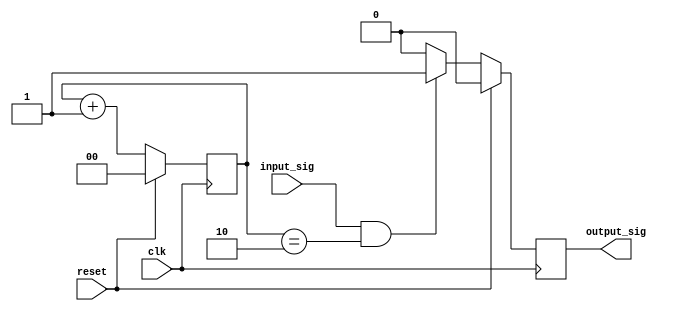
`timescale 1ns / 1ps

module TriggerEveryTwoCycles (
    input wire clk,       // 
    input wire reset,     // 
    input wire input_sig, // 
    output reg output_sig // 
);

// 
reg [1:0] count = 2'b00;

// 
always @(posedge clk) begin
    if (reset) begin
        count <= 2'b00; // 
        output_sig <= 1'b0; // 
    end else begin
        // 2
        if (input_sig && (count == 2'b10)) begin
            output_sig <= 1'b1;
        end else begin
            output_sig <= 1'b0;
        end
        
        // 1
        count <= count + 1;
    end
end

endmodule